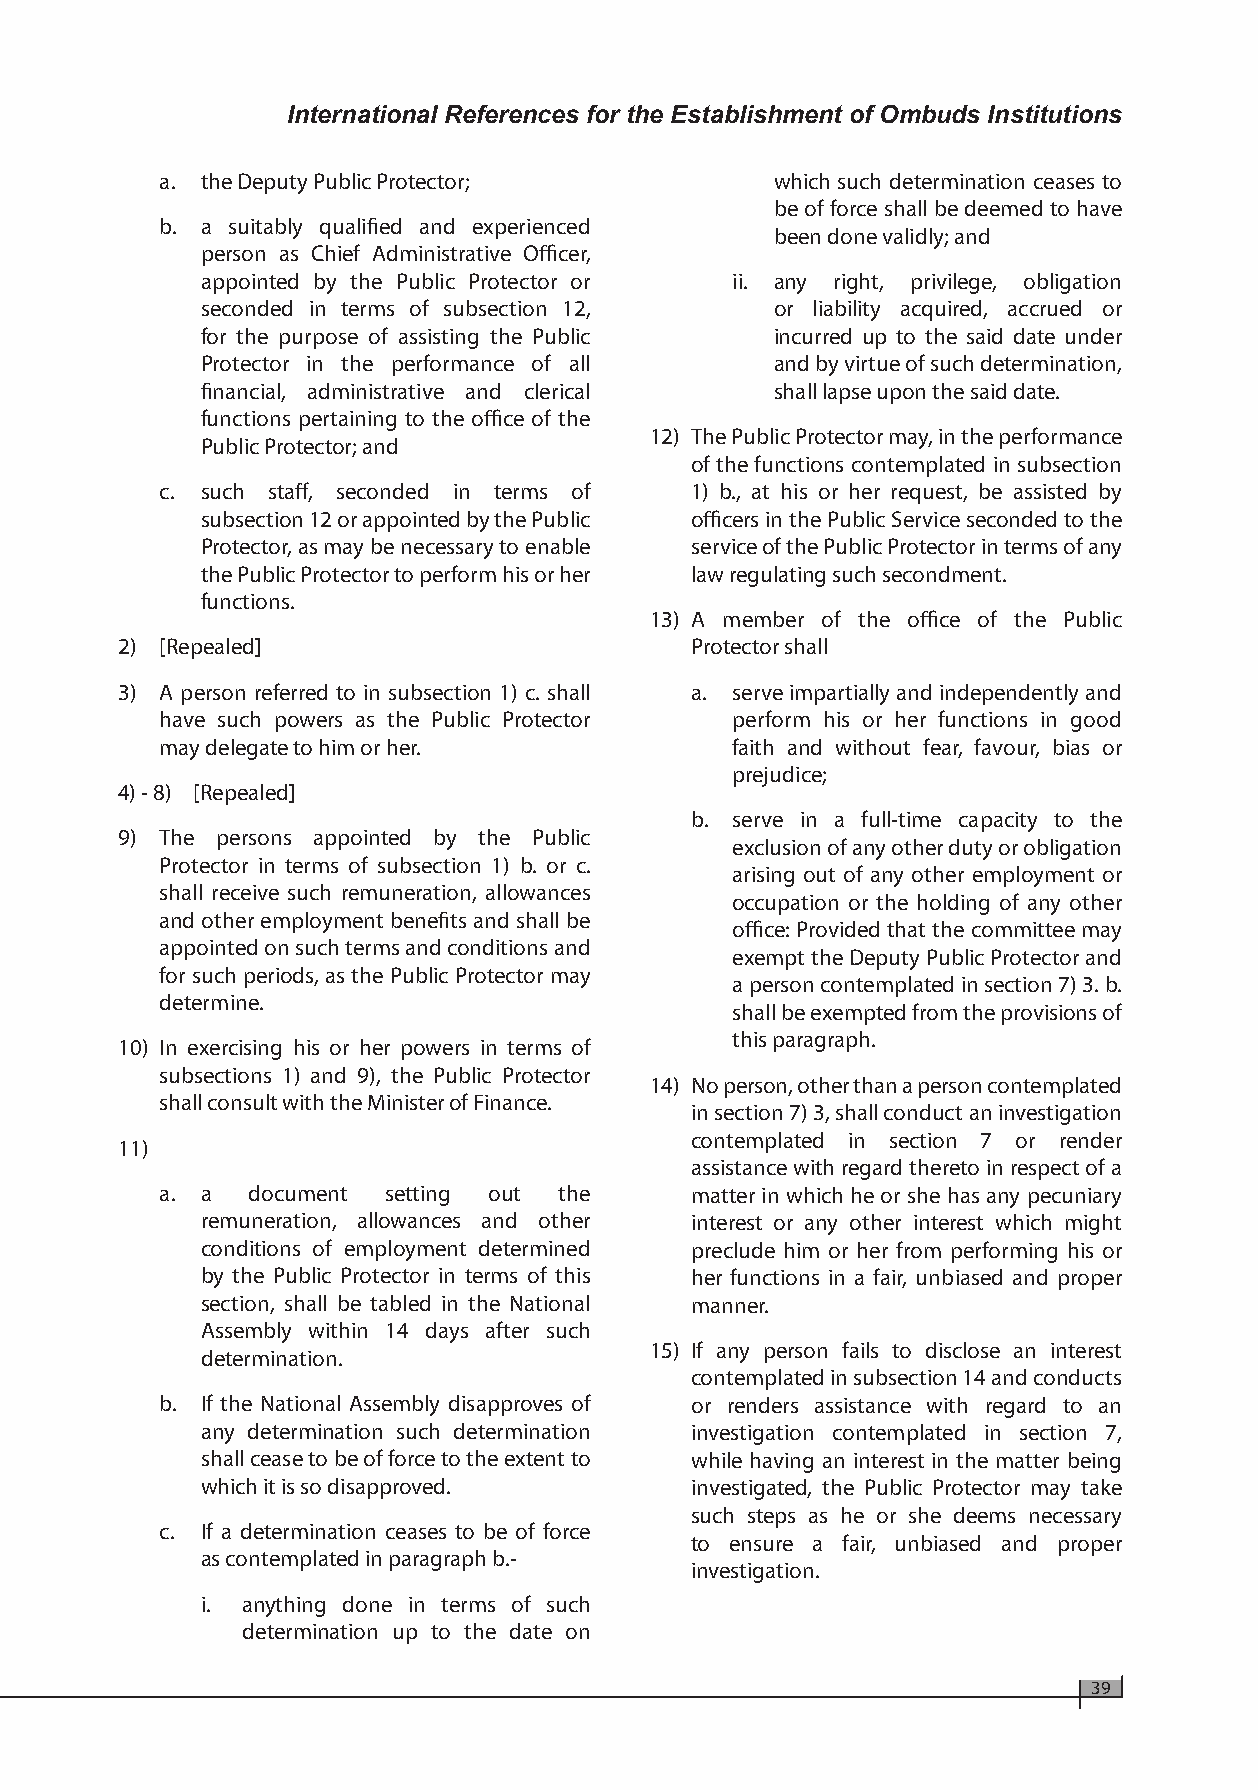
International References for the Establishment of Ombuds Institutions
 a. the Deputy Public Protector;         which such determination ceases to
 be of force shall be deemed to have
 b. a suitably qualified and experienced
 been done validly; and
 person as Chief Administrative Officer,
 appointed by the Public Protector or ii. any right, privilege, obligation
 seconded in terms of subsection 12,   or liability acquired, accrued or
 for the purpose of assisting the Public incurred up to the said date under
 Protector in the performance of all   and by virtue of such determination,
 financial, administrative and clerical shall lapse upon the said date.
 functions pertaining to the office of the
 12) The Public Protector may, in the performance
 Public Protector; and
 of the functions contemplated in subsection
 c. such staff, seconded in terms of 1) b., at his or her request, be assisted by
 subsection 12 or appointed by the Public officers in the Public Service seconded to the
 Protector, as may be necessary to enable service of the Public Protector in terms of any
 the Public Protector to perform his or her law regulating such secondment.
 functions.
 13) A member of the office of the Public
 2) [Repealed]                         Protector shall
 3) A person referred to in subsection 1) c. shall a. serve impartially and independently and
 have such powers as the Public Protector perform his or her functions in good
 may delegate to him or her.          faith and without fear, favour, bias or
 prejudice;
 4) - 8) [Repealed]
 b. serve in a full-time capacity to the
 9) The persons appointed by the Public
 exclusion of any other duty or obligation
 Protector in terms of subsection 1) b. or c.
 arising out of any other employment or
 shall receive such remuneration, allowances
 occupation or the holding of any other
 and other employment benefits and shall be
 office: Provided that the committee may
 appointed on such terms and conditions and
 exempt the Deputy Public Protector and
 for such periods, as the Public Protector may
 a person contemplated in section 7) 3. b.
 determine.
 shall be exempted from the provisions of
 this paragraph.
 10) In exercising his or her powers in terms of
 subsections 1) and 9), the Public Protector
 14) No person, other than a person contemplated
 shall consult with the Minister of Finance.
 in section 7) 3, shall conduct an investigation
 contemplated in section 7 or render
 11)
 assistance with regard thereto in respect of a
 a. a document  setting out the     matter in which he or she has any pecuniary
 remuneration, allowances and other interest or any other interest which might
 conditions of employment determined preclude him or her from performing his or
 by the Public Protector in terms of this her functions in a fair, unbiased and proper
 section, shall be tabled in the National manner.
 Assembly within 14 days after such
 15) If any person fails to disclose an interest
 determination.
 contemplated in subsection 14 and conducts
 b. If the National Assembly disapproves of or renders assistance with regard to an
 any determination such determination investigation contemplated in section 7,
 shall cease to be of force to the extent to while having an interest in the matter being
 which it is so disapproved.      investigated, the Public Protector may take
 such steps as he or she deems necessary
 c. If a determination ceases to be of force
 to ensure a fair, unbiased and proper
 as contemplated in paragraph b.-
 investigation.
 i. anything done in terms of such
 determination up to the date on
 39